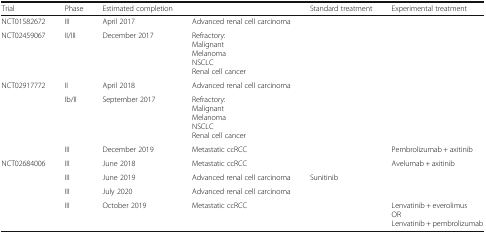
<table><thead><tr><td><b>Trial</b></td><td><b>Phase</b></td><td><b>Estimated completion</b></td><td>[EMPTY_CELL]</td><td><b>Standard treatment</b></td><td><b>Experimental treatment</b></td></tr></thead><tbody><tr><td>NCT01582672</td><td>III</td><td>April 2017</td><td>Advanced renal cell carcinoma</td><td>[EMPTY_CELL]</td><td>[EMPTY_CELL]</td></tr><tr><td>NCT02459067</td><td>II/III</td><td>December 2017</td><td>Refractory:MalignantMelanomaNSCLCRenal cell cancer</td><td>[EMPTY_CELL]</td><td>[EMPTY_CELL]</td></tr><tr><td>NCT02917772</td><td>II</td><td>April 2018</td><td>Advanced renal cell carcinoma</td><td>[EMPTY_CELL]</td><td>[EMPTY_CELL]</td></tr><tr><td>[EMPTY_CELL]</td><td>Ib/II</td><td>September 2017</td><td>Refractory:MalignantMelanomaNSCLCRenal cell cancer</td><td>[EMPTY_CELL]</td><td>[EMPTY_CELL]</td></tr><tr><td>[EMPTY_CELL]</td><td>III</td><td>December 2019</td><td>Metastatic ccRCC</td><td>[EMPTY_CELL]</td><td>Pembrolizumab + axitinib</td></tr><tr><td>NCT02684006</td><td>III</td><td>June 2018</td><td>Metastatic ccRCC</td><td>[EMPTY_CELL]</td><td>Avelumab + axitinib</td></tr><tr><td>[EMPTY_CELL]</td><td>III</td><td>June 2019</td><td>Advanced renal cell carcinoma</td><td>Sunitinib</td><td>[EMPTY_CELL]</td></tr><tr><td>[EMPTY_CELL]</td><td>III</td><td>July 2020</td><td>Advanced renal cell carcinoma</td><td>[EMPTY_CELL]</td><td>[EMPTY_CELL]</td></tr><tr><td>[EMPTY_CELL]</td><td>III</td><td>October 2019</td><td>Metastatic ccRCC</td><td>[EMPTY_CELL]</td><td>Lenvatinib + everolimusORLenvatinib + pembrolizumab</td></tr></tbody></table>